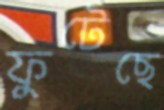
ফুটেছে